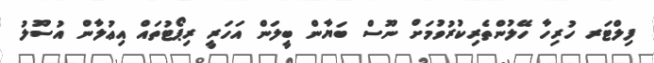
ފިލްޓަރ ހުރިހާ ހޭލުންތެރިކުރުވުމަށް ނޫސް ބަޔާން ބީލަން އަހަރީ ރިޕޯޓުތައް އިޢުލާން އުސޫލު